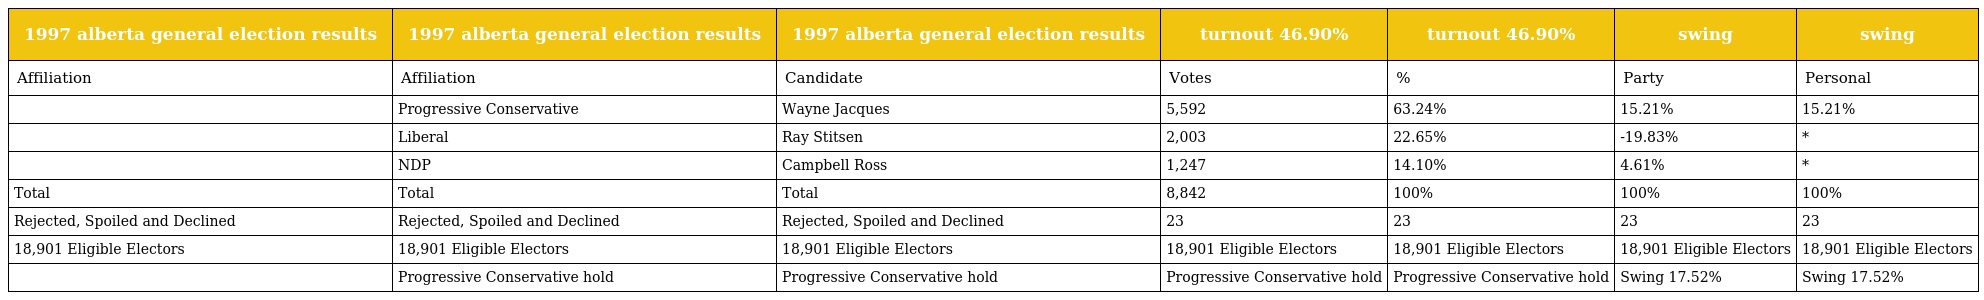
| 1997 alberta general election results | 1997 alberta general election results | 1997 alberta general election results | turnout 46.90% | turnout 46.90% | swing | swing |
 | --- | --- | --- | --- | --- | --- | --- |
 | Affiliation | Affiliation | Candidate | Votes | % | Party | Personal |
 |  | Progressive Conservative | Wayne Jacques | 5,592 | 63.24% | 15.21% | 15.21% |
 |  | Liberal | Ray Stitsen | 2,003 | 22.65% | -19.83% | * |
 |  | NDP | Campbell Ross | 1,247 | 14.10% | 4.61% | * |
 | Total | Total | Total | 8,842 | 100% | 100% | 100% |
 | Rejected, Spoiled and Declined | Rejected, Spoiled and Declined | Rejected, Spoiled and Declined | 23 | 23 | 23 | 23 |
 | 18,901 Eligible Electors | 18,901 Eligible Electors | 18,901 Eligible Electors | 18,901 Eligible Electors | 18,901 Eligible Electors | 18,901 Eligible Electors | 18,901 Eligible Electors |
 |  | Progressive Conservative hold | Progressive Conservative hold | Progressive Conservative hold | Progressive Conservative hold | Swing 17.52% | Swing 17.52% |